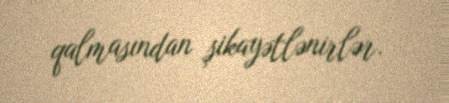
qalmasından şikayətlənirlər.